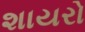
શાયરો